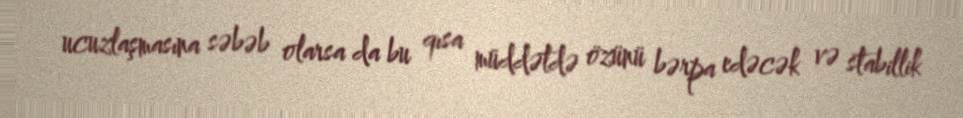
ucuzlaşmasına səbəb olarsa da bu qısa müddətdə özünü bərpa edəcək və stabillik